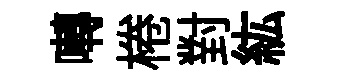
囀棬對紘